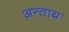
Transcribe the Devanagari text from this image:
अन्ताय